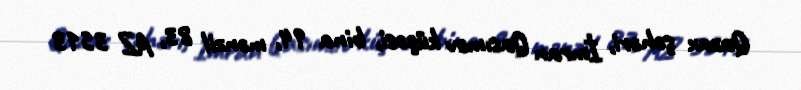
Qazax şəhəri, İmran Qasımov küçəsi, bina 94, mənzil 83, AZ 3513